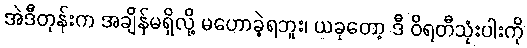
အဲဒီတုန်းက အချိန်မရှိလို့ မဟောခဲ့ရဘူး၊ ယခုတော့ ဒီ ဝိရတီသုံးပါးကို